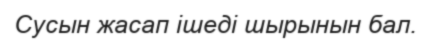
Сусын жасап ішеді шырынын бал.